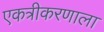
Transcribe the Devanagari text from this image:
एकत्रीकरणाला